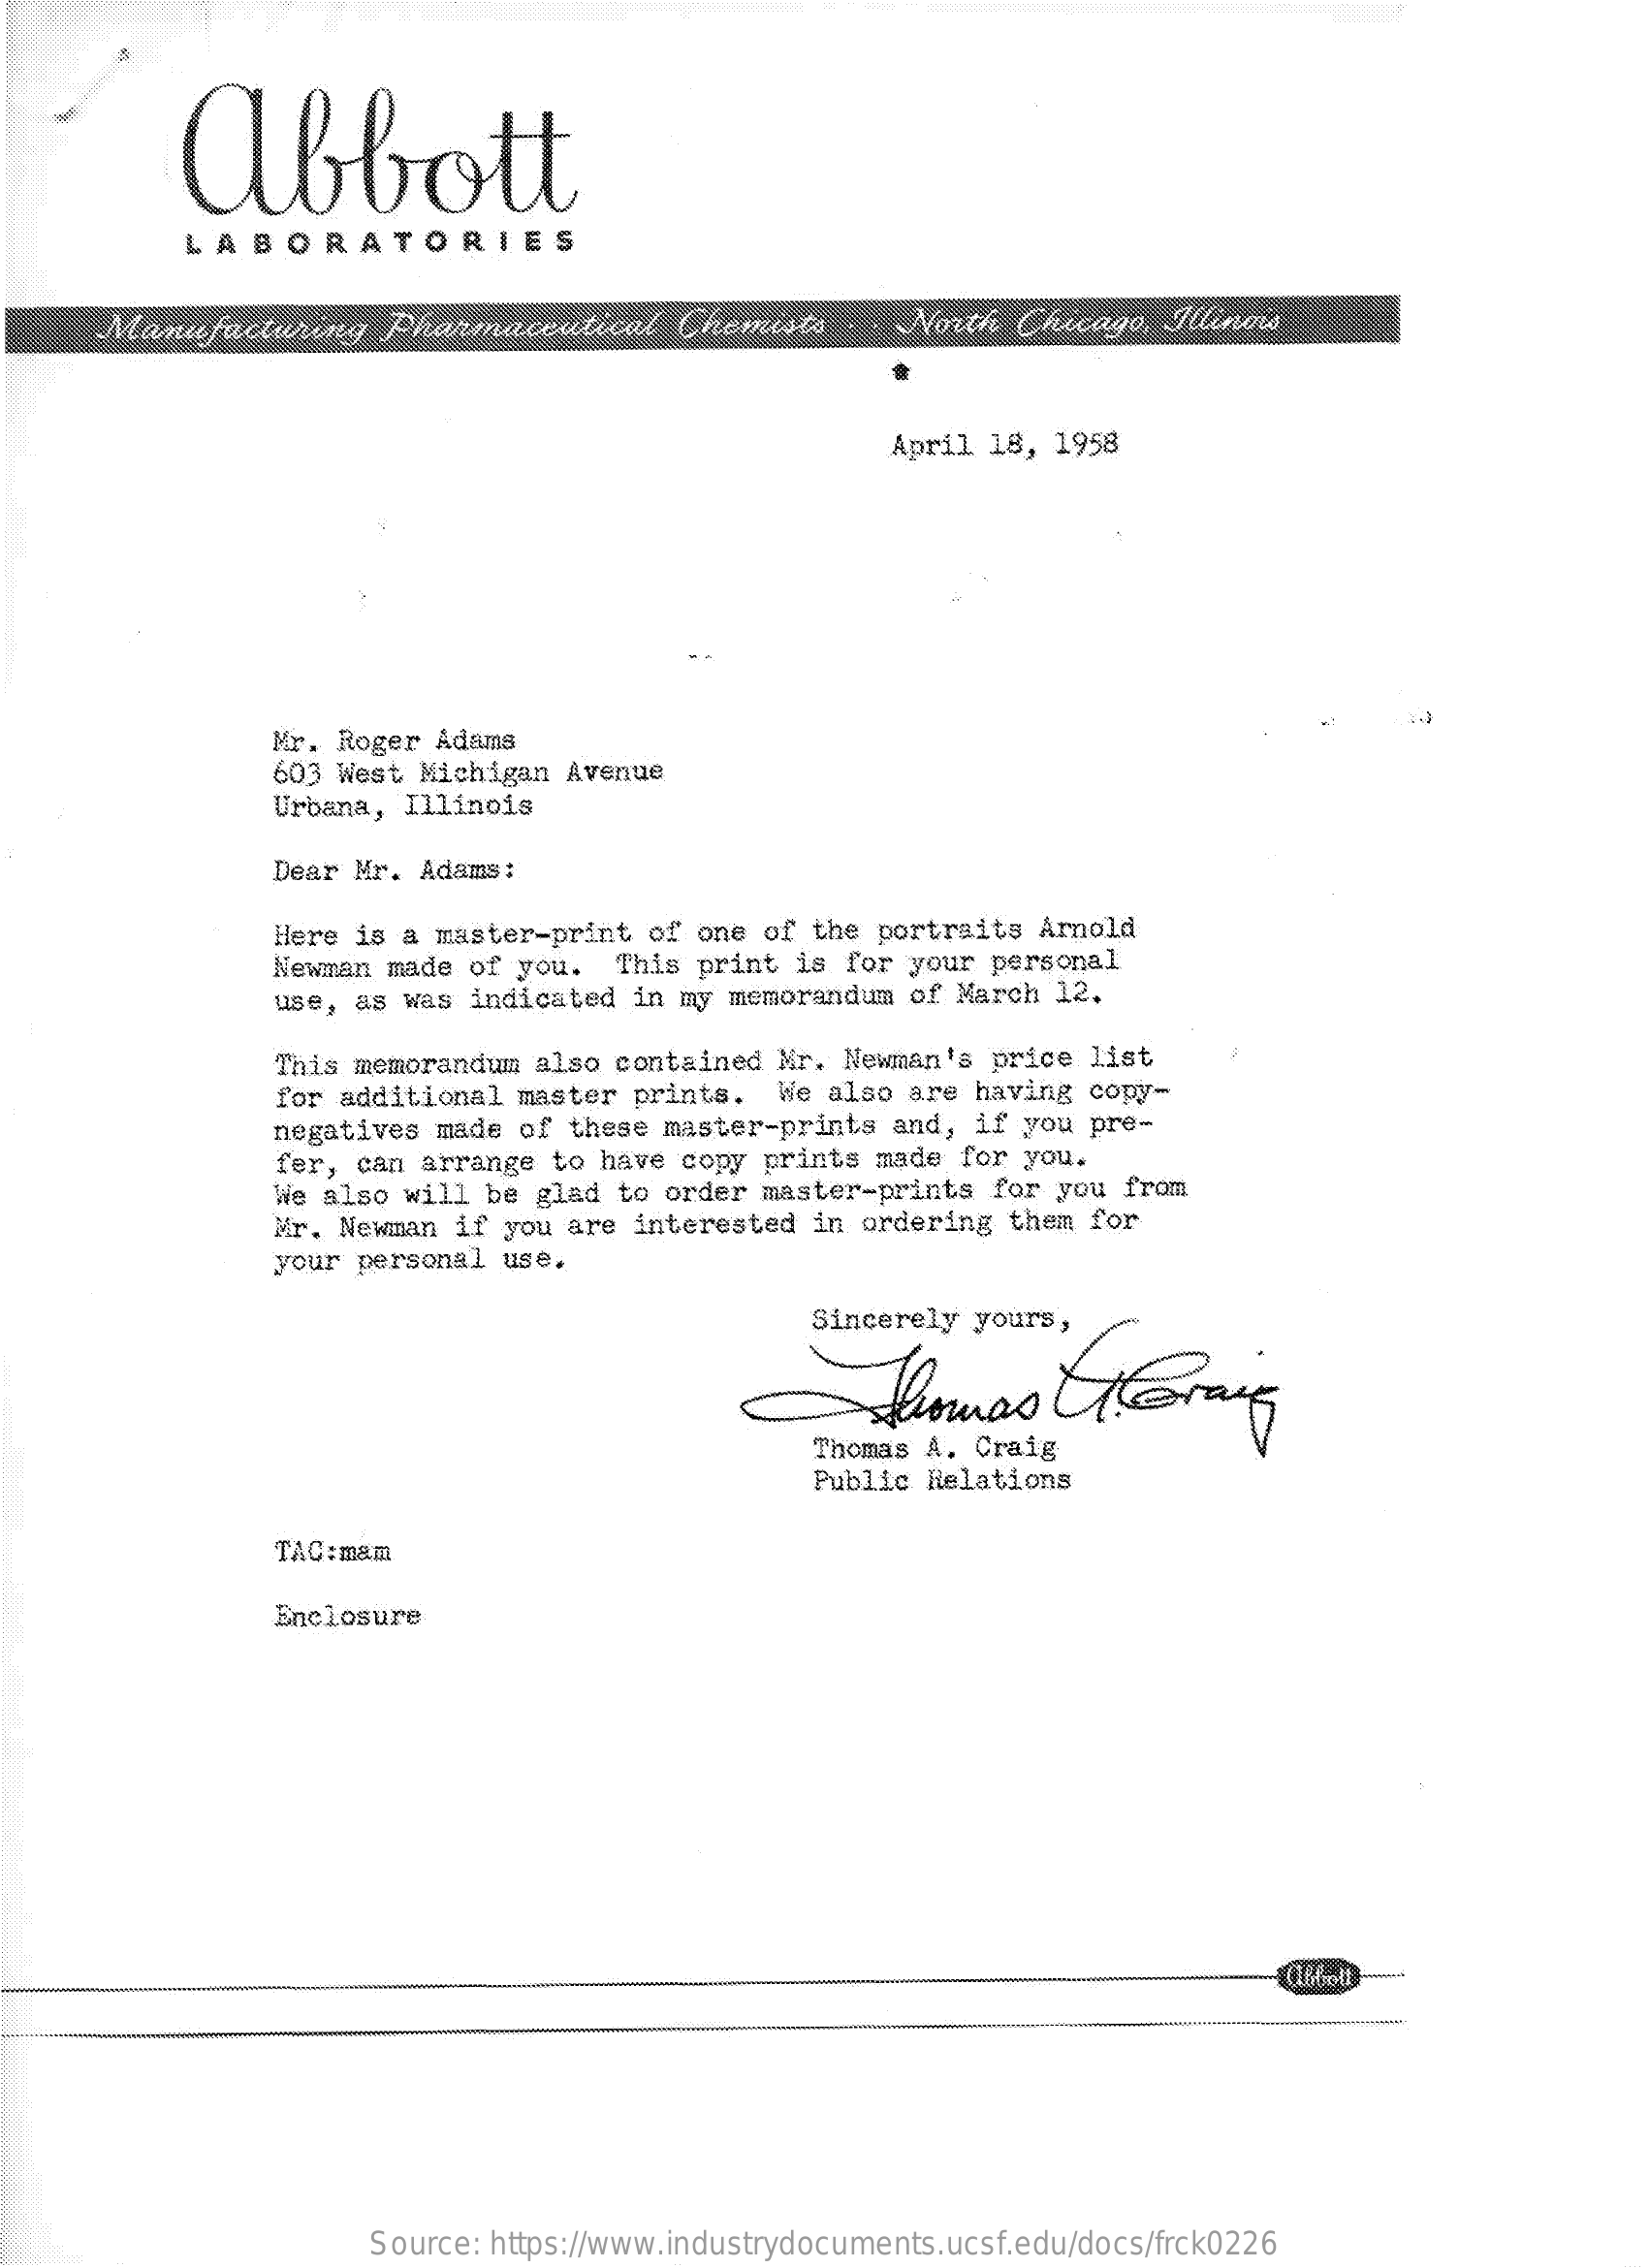
abbott
     LABORATORIES
     Manufacturing    Pharmaceutical    Chemists   . . North  Chicago,  Illinois
     April  18, 1958
     Mr. Roger Adams
     603 West Michigan  Avenue
     Urbana, Illinois
     Dear Mr. Adams:
     Here is a master-print  of one  of the portraits  Arnold
     Newman made  of you.  This print  is for your  personal
     use, as was  indicated in my memorandum  of March  12.
     This memorandum  also contained  Mr. Newman's  price list
     for additional master prints.   We also are having  copy-
     negatives made  of these master-prints  and,  if you pre-
     fer, can arrange  to have  copy prints made  for you.
     We also will  be glad to order  master-prints  for you from
     Mr. Newman  if you are interested  in ordering  them for
     your personal  use.
     Sincerely yours,
     thomas    Gering
     Thomas A.  Craig
     Public Relations
     TAC:mam
     Enclosure
     Source: https://www.industrydocuments.ucsf.edu/docs/frck0226